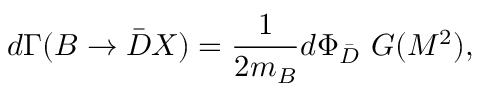
d \Gamma ( B \to \bar { D } X ) = \frac { 1 } { 2 m _ { B } } d \Phi _ { \bar { D } } \, \, G ( M ^ { 2 } ) ,